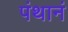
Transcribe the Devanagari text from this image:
पंथानं